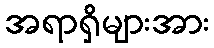
အရာရှိများအား